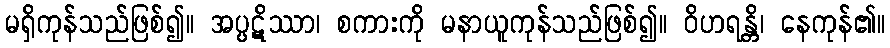
မရှိကုန်သည်ဖြစ်၍။ အပ္ပဋိဿာ၊ စကားကို မနာယူကုန်သည်ဖြစ်၍။ ဝိဟရန္တိ၊ နေကုန်၏။